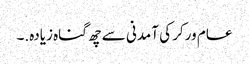
عام ورکر کی آمدنی سے چھ گناہ زیادہ.۔